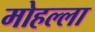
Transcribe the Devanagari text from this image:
मोहल्‍ला